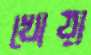
খোয়া